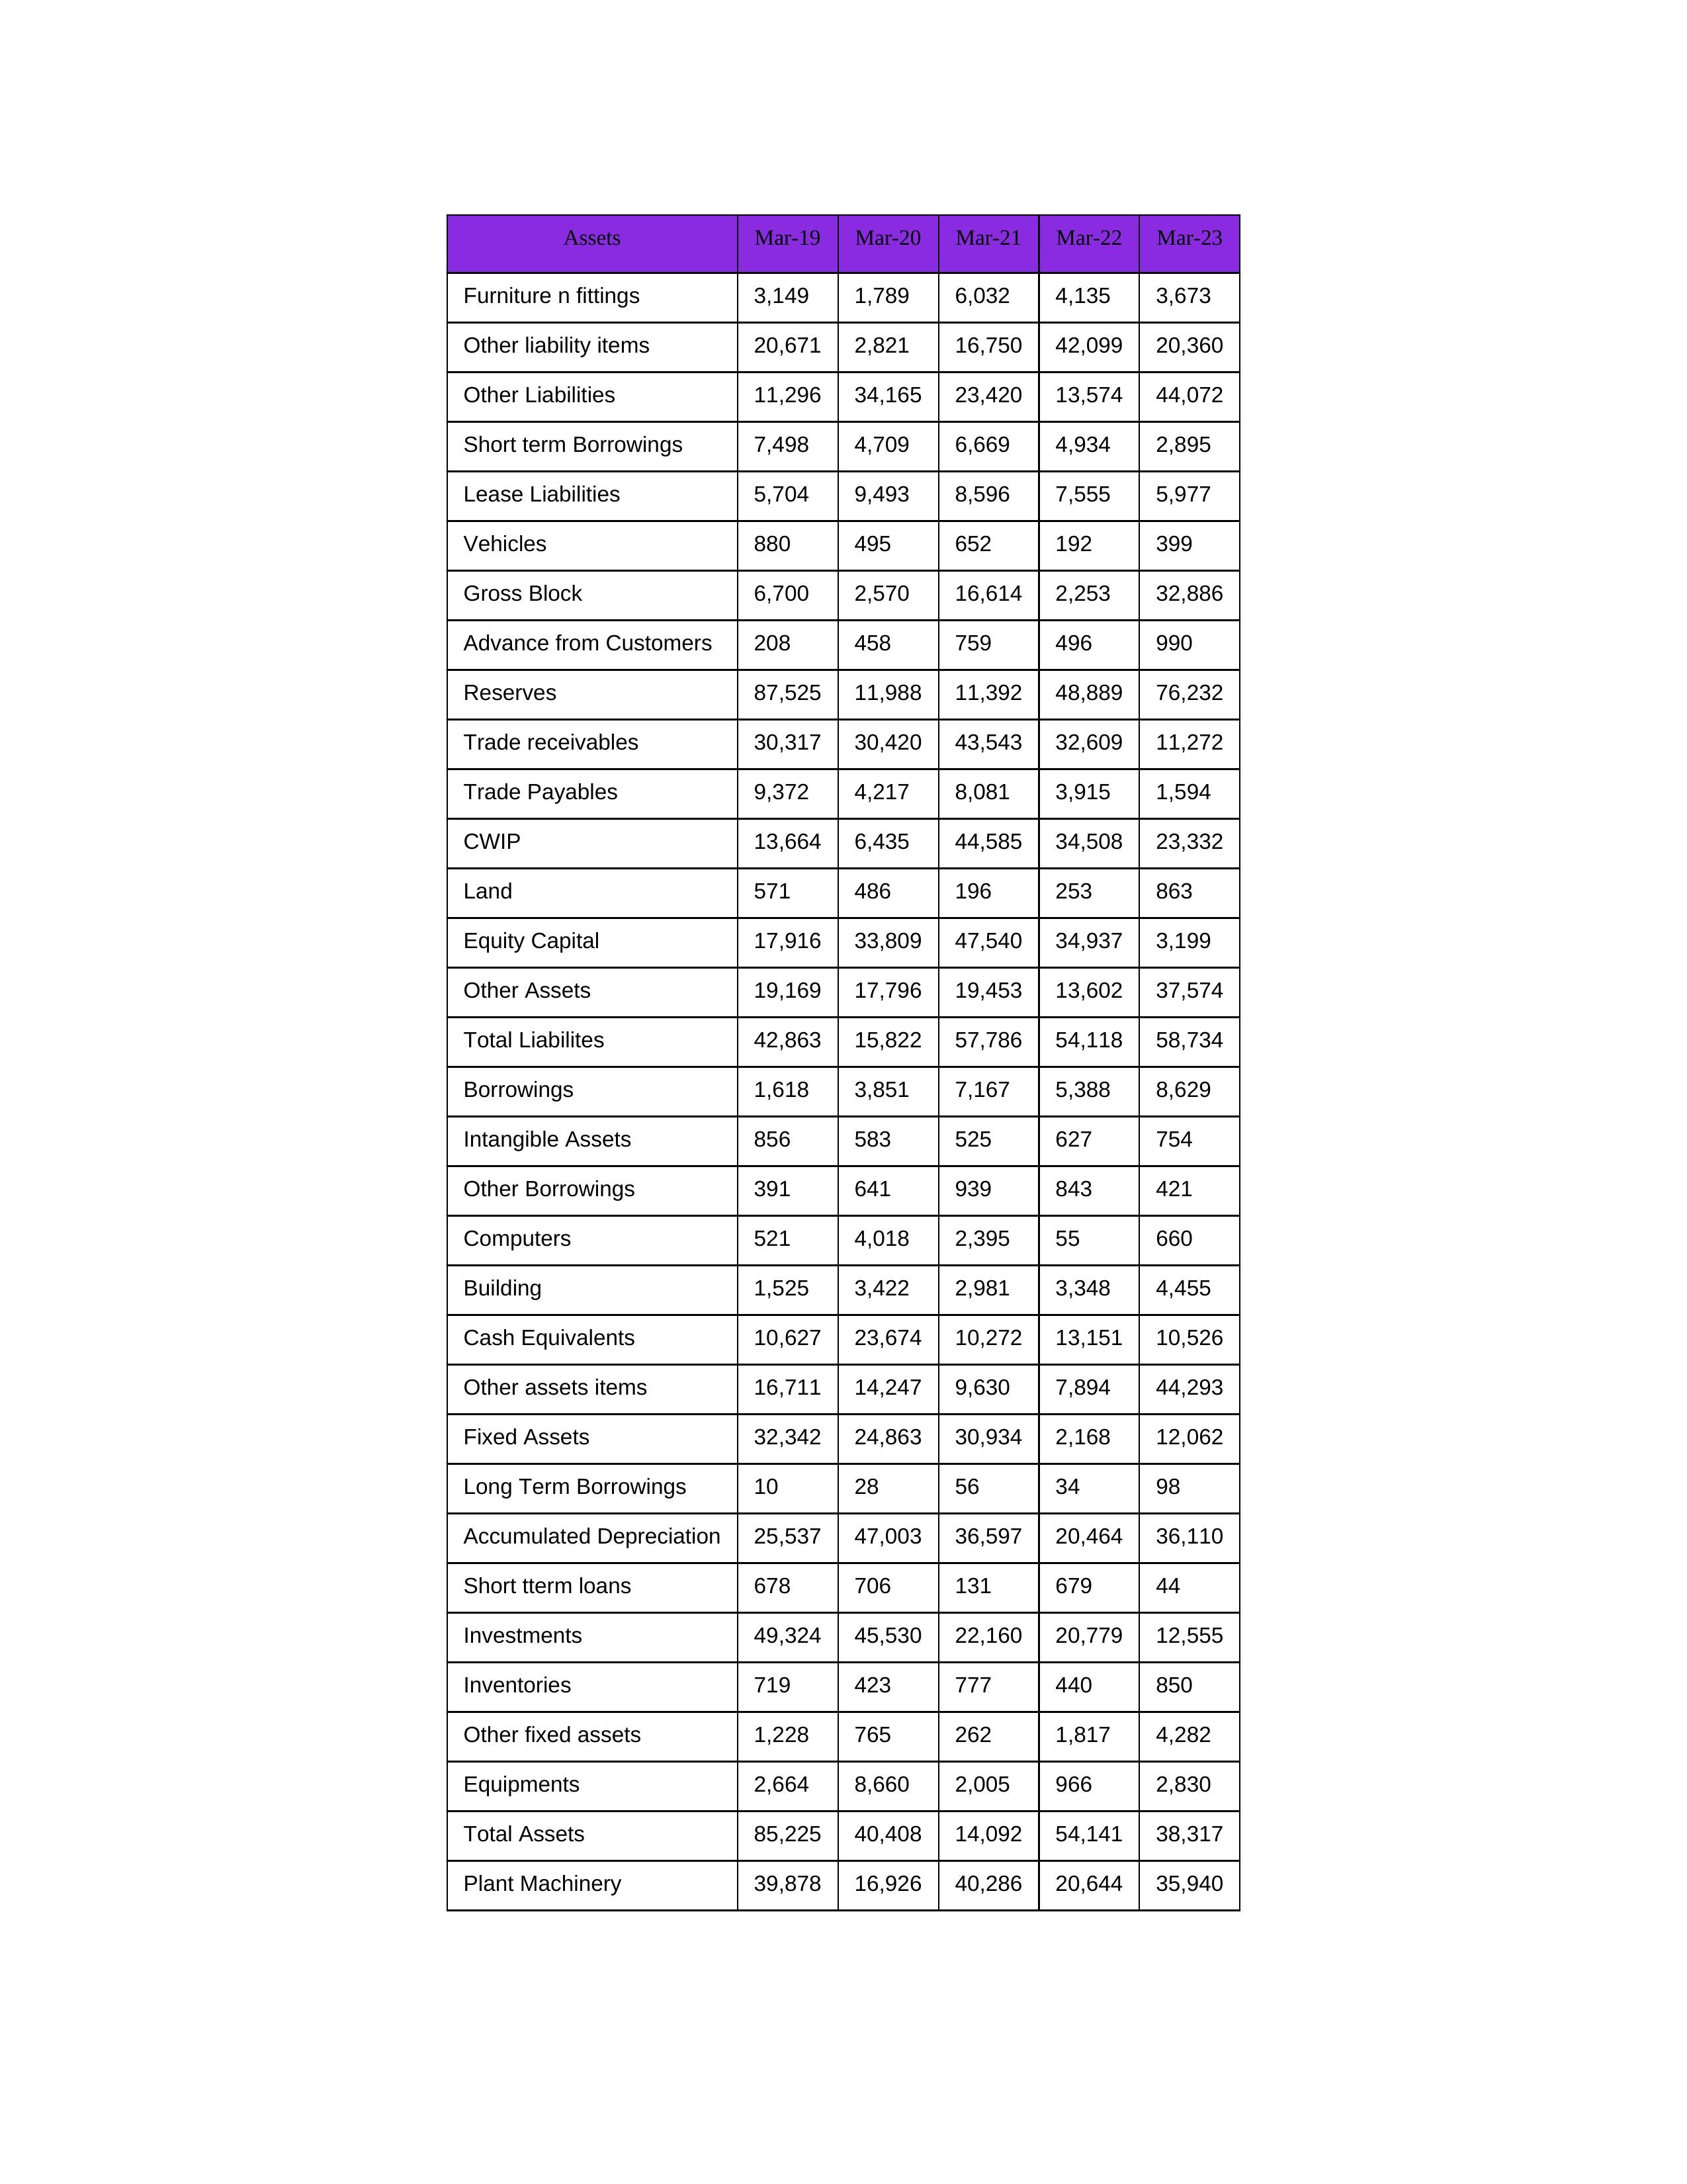
gt_parse: Mar-19: Equity Capital: 17,916
Reserves: 87,525
Borrowings: 1,618
Long Term Borrowings: 10
Short term Borrowings: 7,498
Lease Liabilities: 5,704
Other Borrowings: 391
Other Liabilities: 11,296
Trade Payables: 9,372
Advance from Customers: 208
Other liability items: 20,671
Total Liabilites: 42,863
Fixed Assets: 32,342
Land: 571
Building: 1,525
Plant Machinery: 39,878
Equipments: 2,664
Computers: 521
Furniture n fittings: 3,149
Vehicles: 880
Intangible Assets: 856
Other fixed assets: 1,228
Gross Block: 6,700
Accumulated Depreciation: 25,537
CWIP: 13,664
Investments: 49,324
Other Assets: 19,169
Inventories: 719
Trade receivables: 30,317
Cash Equivalents: 10,627
Short tterm loans: 678
Other assets items: 16,711
Total Assets: 85,225
Mar-20: Equity Capital: 33,809
Reserves: 11,988
Borrowings: 3,851
Long Term Borrowings: 28
Short term Borrowings: 4,709
Lease Liabilities: 9,493
Other Borrowings: 641
Other Liabilities: 34,165
Trade Payables: 4,217
Advance from Customers: 458
Other liability items: 2,821
Total Liabilites: 15,822
Fixed Assets: 24,863
Land: 486
Building: 3,422
Plant Machinery: 16,926
Equipments: 8,660
Computers: 4,018
Furniture n fittings: 1,789
Vehicles: 495
Intangible Assets: 583
Other fixed assets: 765
Gross Block: 2,570
Accumulated Depreciation: 47,003
CWIP: 6,435
Investments: 45,530
Other Assets: 17,796
Inventories: 423
Trade receivables: 30,420
Cash Equivalents: 23,674
Short tterm loans: 706
Other assets items: 14,247
Total Assets: 40,408
Mar-21: Equity Capital: 47,540
Reserves: 11,392
Borrowings: 7,167
Long Term Borrowings: 56
Short term Borrowings: 6,669
Lease Liabilities: 8,596
Other Borrowings: 939
Other Liabilities: 23,420
Trade Payables: 8,081
Advance from Customers: 759
Other liability items: 16,750
Total Liabilites: 57,786
Fixed Assets: 30,934
Land: 196
Building: 2,981
Plant Machinery: 40,286
Equipments: 2,005
Computers: 2,395
Furniture n fittings: 6,032
Vehicles: 652
Intangible Assets: 525
Other fixed assets: 262
Gross Block: 16,614
Accumulated Depreciation: 36,597
CWIP: 44,585
Investments: 22,160
Other Assets: 19,453
Inventories: 777
Trade receivables: 43,543
Cash Equivalents: 10,272
Short tterm loans: 131
Other assets items: 9,630
Total Assets: 14,092
Mar-22: Equity Capital: 34,937
Reserves: 48,889
Borrowings: 5,388
Long Term Borrowings: 34
Short term Borrowings: 4,934
Lease Liabilities: 7,555
Other Borrowings: 843
Other Liabilities: 13,574
Trade Payables: 3,915
Advance from Customers: 496
Other liability items: 42,099
Total Liabilites: 54,118
Fixed Assets: 2,168
Land: 253
Building: 3,348
Plant Machinery: 20,644
Equipments: 966
Computers: 55
Furniture n fittings: 4,135
Vehicles: 192
Intangible Assets: 627
Other fixed assets: 1,817
Gross Block: 2,253
Accumulated Depreciation: 20,464
CWIP: 34,508
Investments: 20,779
Other Assets: 13,602
Inventories: 440
Trade receivables: 32,609
Cash Equivalents: 13,151
Short tterm loans: 679
Other assets items: 7,894
Total Assets: 54,141
Mar-23: Equity Capital: 3,199
Reserves: 76,232
Borrowings: 8,629
Long Term Borrowings: 98
Short term Borrowings: 2,895
Lease Liabilities: 5,977
Other Borrowings: 421
Other Liabilities: 44,072
Trade Payables: 1,594
Advance from Customers: 990
Other liability items: 20,360
Total Liabilites: 58,734
Fixed Assets: 12,062
Land: 863
Building: 4,455
Plant Machinery: 35,940
Equipments: 2,830
Computers: 660
Furniture n fittings: 3,673
Vehicles: 399
Intangible Assets: 754
Other fixed assets: 4,282
Gross Block: 32,886
Accumulated Depreciation: 36,110
CWIP: 23,332
Investments: 12,555
Other Assets: 37,574
Inventories: 850
Trade receivables: 11,272
Cash Equivalents: 10,526
Short tterm loans: 44
Other assets items: 44,293
Total Assets: 38,317